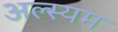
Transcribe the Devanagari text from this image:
अल्स्यम